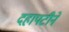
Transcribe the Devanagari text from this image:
दहापटीने